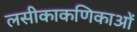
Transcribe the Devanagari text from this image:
लसीकाकणिकाओं